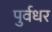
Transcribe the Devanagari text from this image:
पुर्वधर